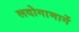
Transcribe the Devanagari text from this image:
लदोगामार्गे